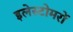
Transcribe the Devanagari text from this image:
इलेस्टोमरों